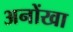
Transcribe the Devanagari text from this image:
अनोंखा